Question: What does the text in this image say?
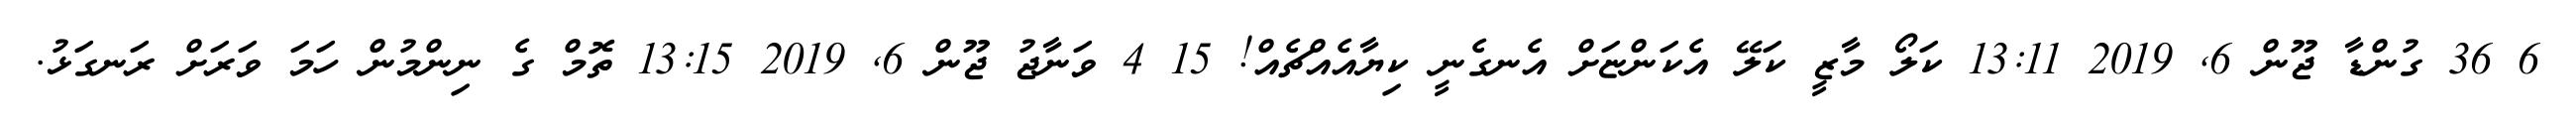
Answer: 6 36 ގުންޑާ ޖޫން 6, 2019 13:11 ކަލޯ މާޒީ ކަލޭ އެކަންޏަށް އެނގެނީ ކިޔާއެއްޗެއް! 15 4 ވަނާޖު ޖޫން 6, 2019 13:15 ތޮމް ގެ ނިންމުން ހަމަ ވަރަށް ރަނގަޅު.